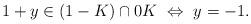
LaTeX: \begin{align*}1+y\in(1-K)\cap 0K\ \Leftrightarrow\ y=-1.\end{align*}